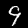
Digit: 9